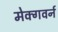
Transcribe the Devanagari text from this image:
मेक्गवर्न